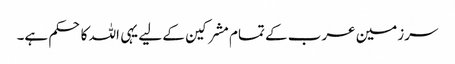
سرزمین عرب کے تمام مشرکین کے لیے یہی اللہ کا حکم ہے۔